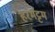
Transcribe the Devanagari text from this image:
हरमट्टम